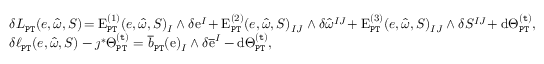
\begin{array} { r l } & { \delta L _ { \mathtt { P T } } ( e , \widehat { \omega } , S ) \! = \mathrm { E } _ { \mathtt { P T } } ^ { ( 1 ) } ( e , \widehat { \omega } , S ) _ { I } \wedge \delta \mathrm { e } ^ { I } \! + \mathrm { E } _ { \mathtt { P T } } ^ { ( 2 ) } ( e , \widehat { \omega } , S ) _ { I J } \wedge \delta \widehat { \omega } ^ { I J } \! + \mathrm { E } _ { \mathtt { P T } } ^ { ( 3 ) } ( e , \widehat { \omega } , S ) _ { I J } \wedge \delta S ^ { I J } \! + \mathrm { d } \Theta _ { \mathtt { P T } } ^ { \mathtt { ( t ) } } , } \\ & { \delta \ell _ { \mathtt { P T } } ( e , \widehat { \omega } , S ) - \jmath ^ { * } \Theta _ { \mathtt { P T } } ^ { \mathtt { ( t ) } } = \overline { { b } } _ { \mathtt { P T } } ( \mathrm { e } ) _ { I } \wedge \delta \overline { { \mathrm { e } } } ^ { I } - \mathrm { d } \Theta _ { \mathtt { P T } } ^ { \mathtt { ( t ) } } , } \end{array}